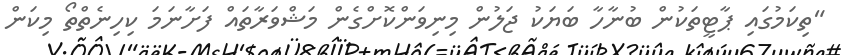
"ތިކަމުގައި ޕާޓީތަކުން ބުނާހާ ބަޔަކު ޖަލުން މިނިވަންކޮށްގެން މަޝްވަރާތައް ފަށާނަމަ ކިހިނެތްތޯ މިކަން